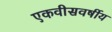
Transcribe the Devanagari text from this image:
एकवीसवर्षीय